Report of the Indian Hemp Drugs Commission, 1894-1895 - Volume I
Year: 1894
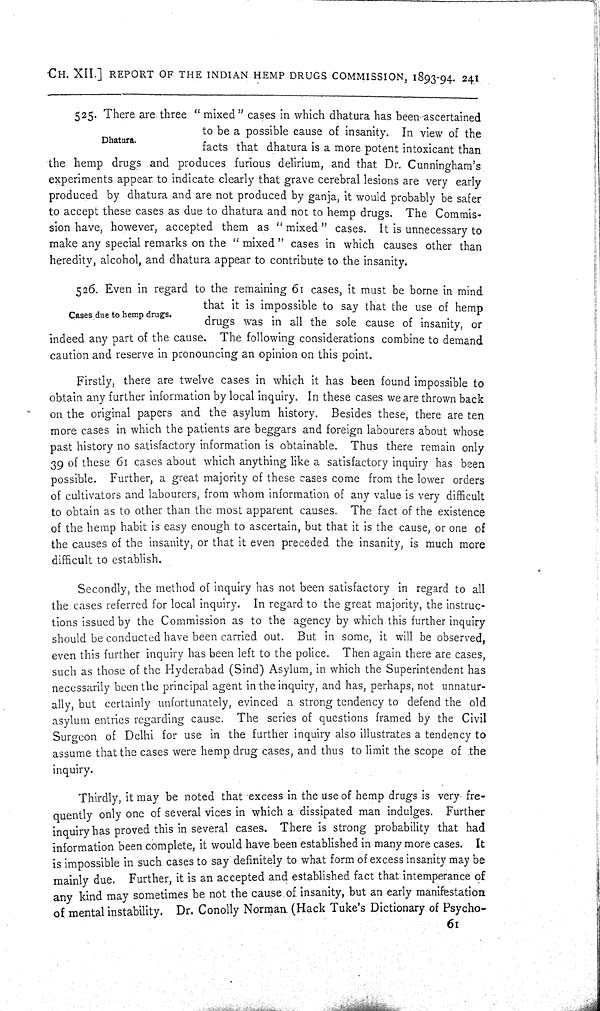
CH. XII.] REPORT OF THE INDIAN HEMP DRUGS COMMISSION, 1893-94. 241
Dhatura.
525. There are three "mixed" cases in which dhatura has been-ascertained
to be a possible cause of insanity. In view of the
facts that dhatura is a more potent intoxicant than
the hemp drugs and produces furious delirium, and that Dr. Cunningham's
experiments appear to indicate clearly that grave cerebral lesions are very early
produced by dhatura and are not produced by ganja, it would probably be safer
to accept these cases as due to dhatura and not to hemp drugs. The Commis-
sion have, however, accepted them as "mixed" cases. It is unnecessary to
make any special remarks on the "mixed" cases in which causes other than
heredity, alcohol, and dhatura appear to contribute to the insanity.
Cases due to hemp drugs.
526. Even in regard to the remaining 61 cases, it must be borne in mind
that it is impossible to say that the use of hemp
drugs was in all the sole cause of insanity, or
indeed any part of the cause. The following considerations combine to demand
caution and reserve in pronouncing an opinion on this point.
Firstly, there are twelve cases in which it has been found impossible to
obtain any further information by local inquiry. In these cases we are thrown back
on the original papers and the asylum history. Besides these, there are ten
more cases in which the patients are beggars and foreign labourers about whose
past history no satisfactory information is obtainable. Thus there remain only
39 of these 61 cases about which anything like a satisfactory inquiry has been
possible. Further, a great majority of these cases come from the lower orders
of cultivators and labourers, from whom information of any value is very difficult
to obtain as to other than the most apparent causes. The fact of the existence
of the hemp habit is easy enough to ascertain, but that it is the cause, or one of
the causes of the insanity, or that it even preceded the insanity, is much more
difficult to establish.
Secondly, the method of inquiry has not been satisfactory in regard to all
the cases referred for local inquiry. In regard to the great majority, the instruc-
tions issued by the Commission as to the agency by which this further inquiry
should be conducted have been carried out. But in some, it will be observed,
even this further inquiry has been left to the police. Then again there are cases,
such as those of the Hyderabad (Sind) Asylum, in which the Superintendent has
necessarily been the principal agent in the inquiry, and has, perhaps, not unnatur-
ally, but certainly unfortunately, evinced a strong tendency to defend the old
asylum entries regarding cause. The series of questions framed by the Civil
Surgeon of Delhi for use in the further inquiry also illustrates a tendency to
assume that the cases were hemp drug cases, and thus to limit the scope of the
inquiry.
Thirdly, it may be noted that excess in the use of hemp drugs is very fre-
quently only one of several vices in which a dissipated man indulges. Further
inquiry has proved this in several cases. There is strong probability that had
information been complete, it would have been established in many more cases. It
is impossible in such cases to say definitely to what form of excess insanity may be
mainly due. Further, it is an accepted and established fact that intemperance of
any kind may sometimes be not the cause of insanity, but an early manifestation
of mental instability. Dr. Conolly Norman (Hack Tuke's Dictionary of Psycho-
61